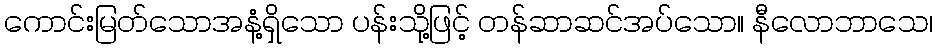
ကောင်းမြတ်သောအနံ့ရှိသော ပန်းသို့ဖြင့် တန်ဆာဆင်အပ်သော။ နီလောဘာသေ၊